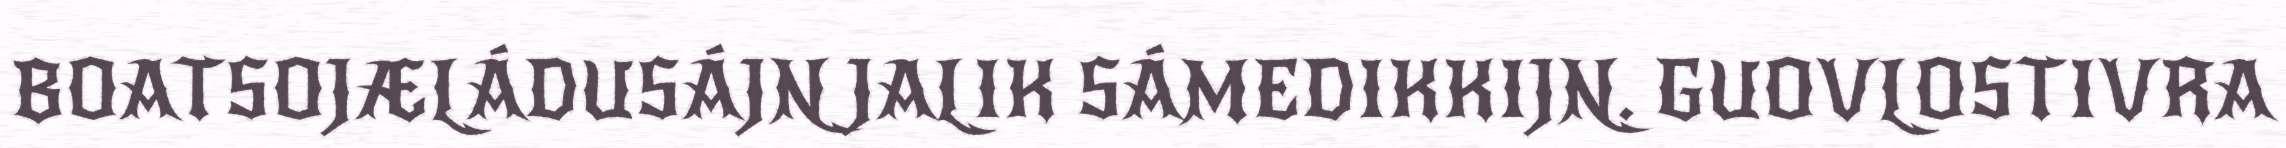
BOATSOJÆLÁDUSÁJN JALIK SÁMEDIKKIJN. GUOVLOSTIVRA